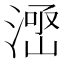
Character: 𱨊